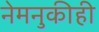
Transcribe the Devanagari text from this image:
नेमनुकीही